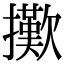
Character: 擹